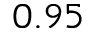
0 . 9 5